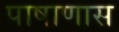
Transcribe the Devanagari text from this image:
पाषाणास